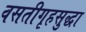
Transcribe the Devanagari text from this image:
वसतीगृहसुद्धा